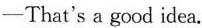
—That's a good idea.